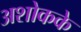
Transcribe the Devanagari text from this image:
अशोकके